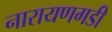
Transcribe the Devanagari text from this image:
नारायणगडी